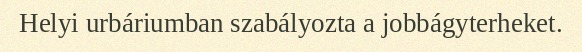
Helyi urbáriumban szabályozta a jobbágyterheket.